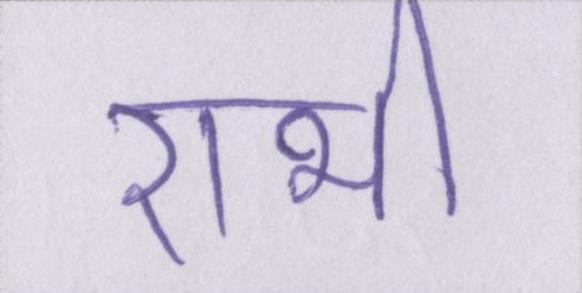
राभी